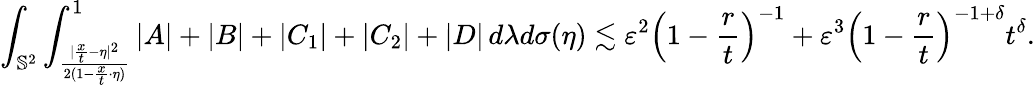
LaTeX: \int_{\mathbb{S}^{2}}\int_{\frac{|\frac xt-\eta|^{2}}{2(1-\frac xt\cdot\eta)}}^{1}|A|+|B|+|C_{1}|+|C_{2}|+|D|\, d\lambda d\sigma(\eta)\lesssim\varepsilon^{2}\left(1-\frac rt\right)^{-1}+\varepsilon^{3}\left(1-\frac rt\right)^{-1+\delta}t^{\delta}.